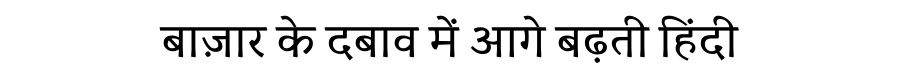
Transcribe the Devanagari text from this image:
बाज़ार के दबाव में आगे बढ़ती हिंदी